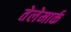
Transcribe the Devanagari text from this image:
तेलेमार्क